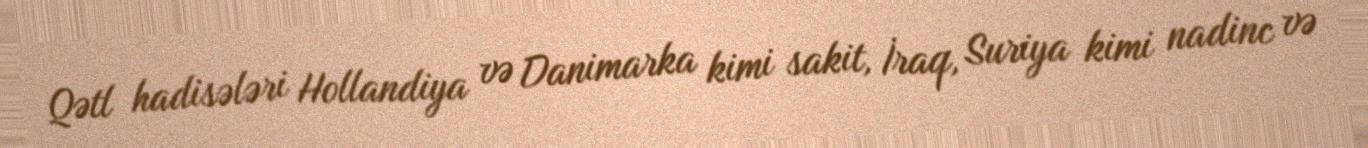
Qətl hadisələri Hollandiya və Danimarka kimi sakit, İraq, Suriya kimi nadinc və